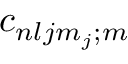
c _ { n l j m _ { j } ; m }